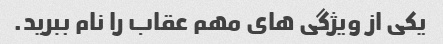
یکی از ویژگی های مهم عقاب را نام ببرید.